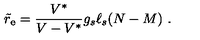
{ \tilde { r } } _ { \mathrm { e } } = { \frac { V ^ { * } } { V - V ^ { * } } } g _ { s } \ell _ { s } ( N - M ) \ .